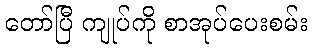
တော်ပြီ ကျုပ်ကို စာအုပ်ပေးစမ်း